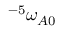
^ { - 5 } \omega _ { A 0 }